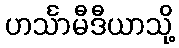
ဟင်္သာမီဒီယာသို့